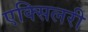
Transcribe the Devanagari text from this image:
एक्सिलरी